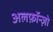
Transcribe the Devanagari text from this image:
अलफ़ॉन्ज़ो